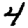
Digit: 4